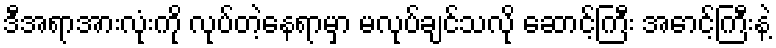
ဒီအရာအားလုံးကို လုပ်တဲ့နေရာမှာ မလုပ်ချင်သလို ဆောင့်ကြီး အောင့်ကြီးနဲ့